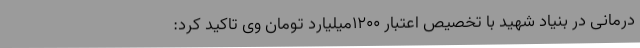
درمانی در بنیاد شهید با تخصیص اعتبار 1200میلیارد تومان وی تاکید کرد: